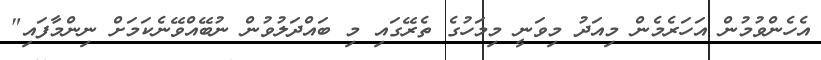
އެހެންވުމުން އަހަރެމެން މިއަދު މިވަނީ މިމަހުގެ ތެރޭގައި މި ބައްދަލުވުން ނުބޭއްވޭނެކަމަށް ނިންމާފައި"